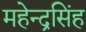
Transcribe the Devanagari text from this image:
महेन्द्रसिंह